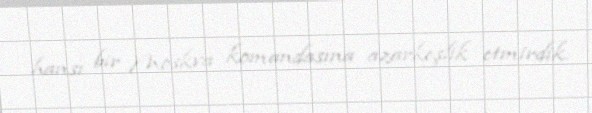
hansı bir Moskva komandasına azarkeşlik etmirdik.